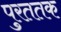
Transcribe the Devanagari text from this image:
पुरततक